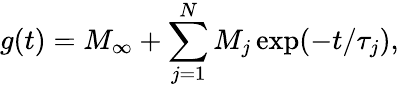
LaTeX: g(t)=M_{\infty}+\sum_{j=1}^{N}M_{j}\exp(-t/\tau_{j}),